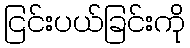
ငြင်းပယ်ခြင်းကို